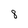
Character: 8